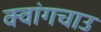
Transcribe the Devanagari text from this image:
क्वांगचाउ